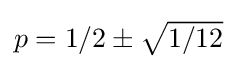
{\textstyle p=1/2\pm {\sqrt {1/12}}}